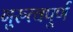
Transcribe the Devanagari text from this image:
गुरुत्वपूर्ण